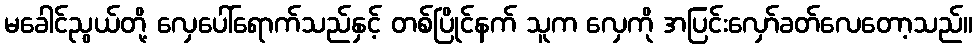
မခေါင်ညွယ်တို့ လှေပေါ်ရောက်သည်နှင့် တစ်ပြိုင်နက် သူက လှေကို အပြင်းလှော်ခတ်လေတော့သည်။